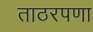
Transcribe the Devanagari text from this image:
ताठरपणा